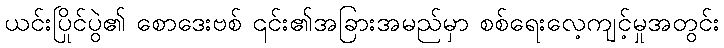
ယင်းပြိုင်ပွဲ၏ စောဒေးဗစ် ၎င်း၏အခြားအမည်မှာ စစ်ရေးလေ့ကျင့်မှုအတွင်း